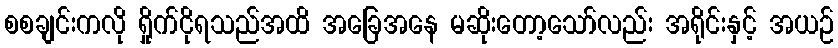
စစချင်းကလို ရှိုက်ငိုရသည်အထိ အခြေအနေ မဆိုးတော့သော်လည်း အရိုင်းနှင့် အယဉ်